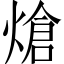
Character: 熗